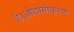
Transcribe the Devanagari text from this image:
है।औद्योगीकरण